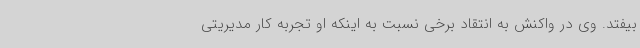
بیفتد. وی در واکنش به انتقاد برخی نسبت به اینکه او تجربه کار مدیریتی